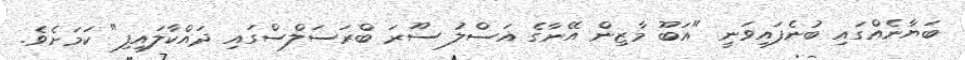
ބަޔާނެއްގައި ބުނެފައިވަނީ "އަބޫ މާޒިން އޭނާގެ އަސްލު ސޫރަ ބްރަސަލްސްގައި ދައްކާލައިފި" ކަމަށެވެ.